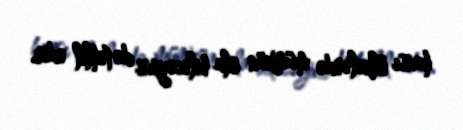
hansı ölkələrdə mümkün ola biləcəyini də təhlil edir.